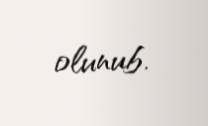
olunub.